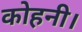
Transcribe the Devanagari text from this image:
कोहनी।